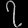
Digit: ၇